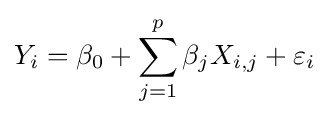
Y_{i}=\beta _{0}+\sum _{j=1}^{p}\beta _{j}X_{i,j}+\varepsilon _{i}